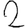
Digit: 2